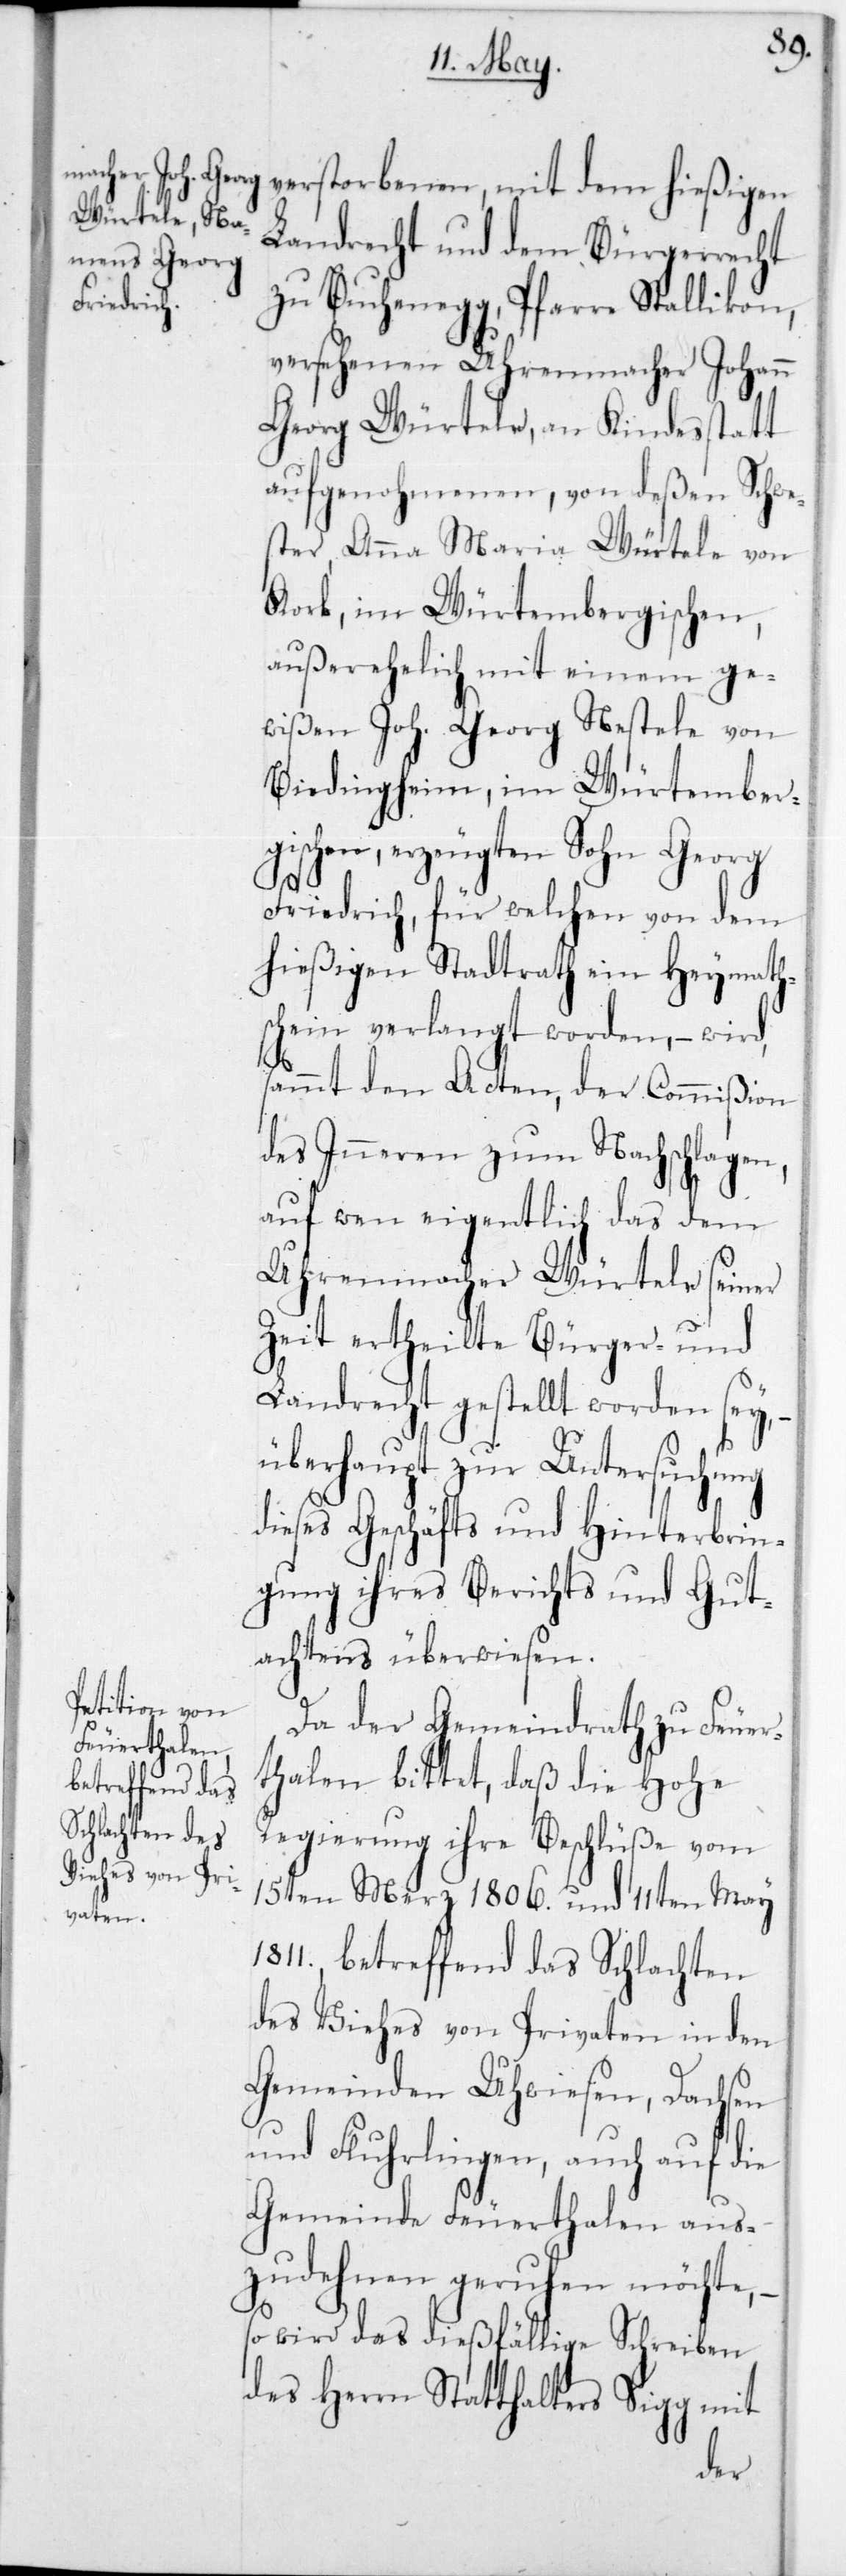
Landrecht und dem Bürgerrecht
zu Buchenegg, Pfarre Stallikon,
versehenen Uhrenmacher Johann
Georg Würtele, an Kindesstatt
aufgenohmenen, von deßen Schwe¬
ster, Anna Maria Würtele von
Kork im Würtembergischen,
außerehelich mit einem ge¬
wißen Joh. Georg Nestele von
Biedingheim, im Würtember¬
gischen, erzeugten Sohn Georg
Friedrich, für welchen von dem
hießigen Stadtrath ein Heymath¬
schein verlangt worden, – wird,
sammt den Acten, der Commißion
des Inneren zum Nachschlagen,
auf wen eigentlich das dem
Uhrenmacher Würtele seiner
Zeit ertheilte Bürger- und
Landrecht gestellt worden sey, –
überhaupt zur Untersuchung
dieses Geschäfts und Hinterbrin¬
gung ihres Berichts und Gut¬
achtens überwiesen.
Da der Gemeindrath zu Feuer¬
thalen bittet, daß die Hohe
Regierung ihre Beschlüße vom
15ten Merz 1806 und 11ten May
1811, betreffend das Schlachten
des Viehes von Privaten in den
Gemeinden Uhwiesen, Dachsen
und Fluhrlingen, auch auf die
Gemeinde Feuerthalen aus¬
zudehnen geruhen möchte, –
so wird das dießfällige Schreiben
des Herrn Statthalters Sigg mit
dem